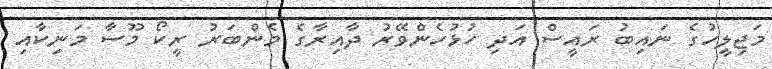
މަޖިލީހުގެ ނައިބު ރައީސް އަދި ހުޅުހެންވޭރު ދާއިރާގެ މެންބަރު ރީކޯ މޫސާ މަނިކާއި